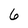
Character: 6